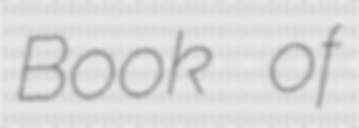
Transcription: Book of